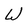
Character: W